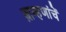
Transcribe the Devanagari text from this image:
ब्राम्हणांचें